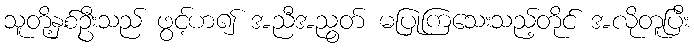
သူတို့နှစ်ဦးသည် ဖွင့်ဟ၍ အညီအညွတ် မပြုကြသေးသည့်တိုင် အလိုတူပြီး